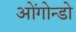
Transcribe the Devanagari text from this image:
ओंगोन्डो